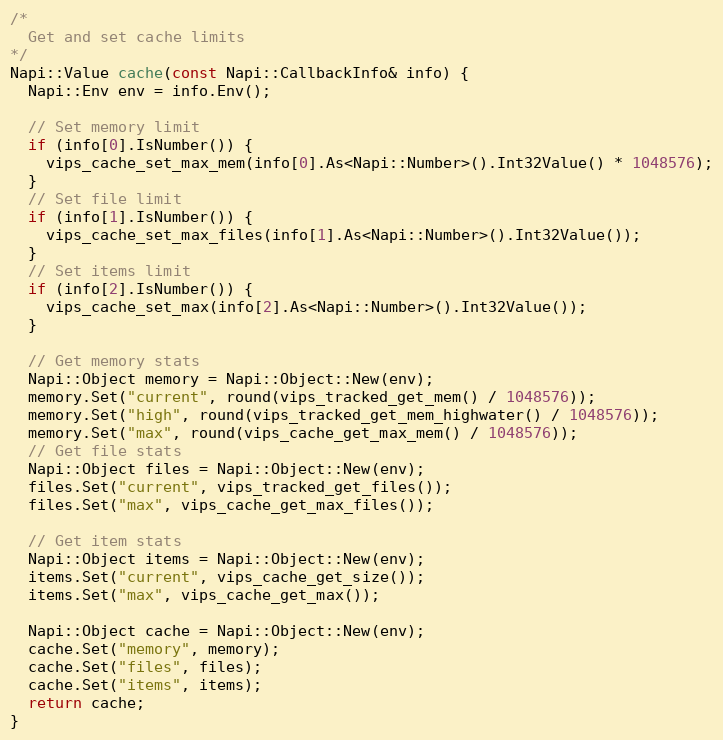
Language: C++
/*
  Get and set cache limits
*/
Napi::Value cache(const Napi::CallbackInfo& info) {
  Napi::Env env = info.Env();

  // Set memory limit
  if (info[0].IsNumber()) {
    vips_cache_set_max_mem(info[0].As<Napi::Number>().Int32Value() * 1048576);
  }
  // Set file limit
  if (info[1].IsNumber()) {
    vips_cache_set_max_files(info[1].As<Napi::Number>().Int32Value());
  }
  // Set items limit
  if (info[2].IsNumber()) {
    vips_cache_set_max(info[2].As<Napi::Number>().Int32Value());
  }

  // Get memory stats
  Napi::Object memory = Napi::Object::New(env);
  memory.Set("current", round(vips_tracked_get_mem() / 1048576));
  memory.Set("high", round(vips_tracked_get_mem_highwater() / 1048576));
  memory.Set("max", round(vips_cache_get_max_mem() / 1048576));
  // Get file stats
  Napi::Object files = Napi::Object::New(env);
  files.Set("current", vips_tracked_get_files());
  files.Set("max", vips_cache_get_max_files());

  // Get item stats
  Napi::Object items = Napi::Object::New(env);
  items.Set("current", vips_cache_get_size());
  items.Set("max", vips_cache_get_max());

  Napi::Object cache = Napi::Object::New(env);
  cache.Set("memory", memory);
  cache.Set("files", files);
  cache.Set("items", items);
  return cache;
}